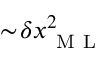
\sim \! \delta x _ { \mathrm { ~ M ~ L ~ } } ^ { 2 }